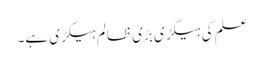
علم کی ہیکڑی بڑی ظالم ہیکڑی ہے۔